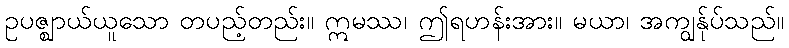
ဥပဇ္ဈာယ်ယူသော တပည့်တည်း။ ဣမဿ၊ ဤရဟန်းအား။ မယာ၊ အကျွန်ုပ်သည်။